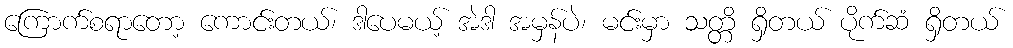
ကြောက်စရာတော့ ကောင်းတယ်၊ ဒါပေမယ့် အဲဒါ အမှန်ပဲ၊ မင်းမှာ သတ္တိ ရှိတယ် ပိုက်ဆံ ရှိတယ်